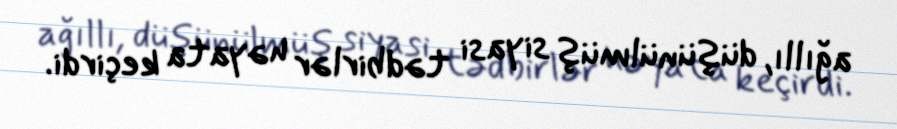
ağıllı, düşünülmüş siyasi tədbirlər həyata keçirdi.